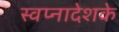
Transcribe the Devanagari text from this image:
स्वप्नादेशके